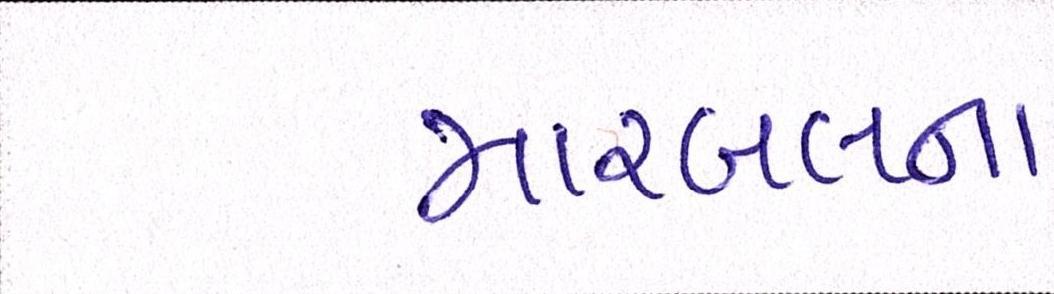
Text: મારબલના